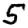
Digit: 5